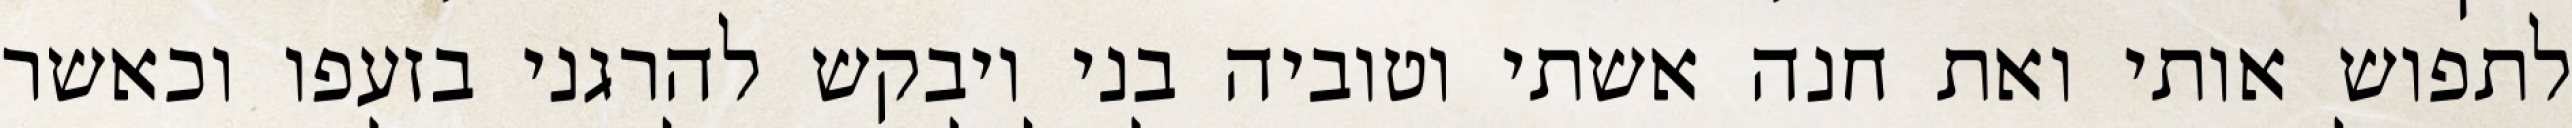
לתפוש אותי ואת חנה אשתי וטוביה בני ויבקש להרגני בזעפו וכאשר